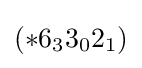
(*6_{3}3_{0}2_{1})